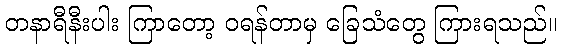
တနာရီနီးပါး ကြာတော့ ဝရန်တာမှ ခြေသံတွေ ကြားရသည်။